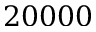
2 0 0 0 0